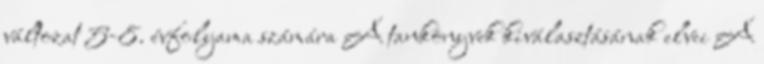
változat 5-8. évfolyama számára A tankönyvek kiválasztásának elvei A